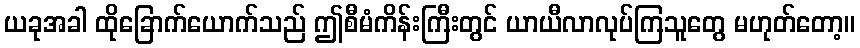
ယခုအခါ ထိုခြောက်ယောက်သည် ဤစီမံကိန်းကြီးတွင် ယာယီလာလုပ်ကြသူတွေ မဟုတ်တော့။